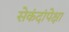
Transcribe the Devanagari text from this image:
सेकंदांपेक्षा